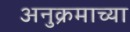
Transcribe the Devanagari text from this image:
अनुक्रमाच्या